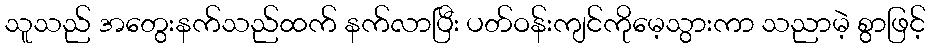
သူသည် အတွေးနက်သည်ထက် နက်လာပြီး ပတ်ဝန်းကျင်ကိုမေ့သွားကာ သညာမဲ့ စွာဖြင့်